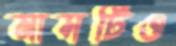
মাসটিও